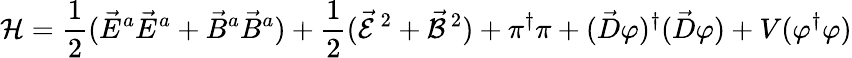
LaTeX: {\cal H}=\frac{1}{2}(\vec{E}^{a}\vec{E}^{a}+\vec{B}^{a}\vec{B}^{a})+\frac{1}{2}(\vec{\cal E}^{\, 2}+\vec{\cal B}^{\, 2})+\pi^{\dagger}\pi+(\vec{D}\varphi)^{\dagger}(\vec{D}\varphi)+V(\varphi^{\dagger}\varphi)